Scottish Leaving Certificate Examination, 1953
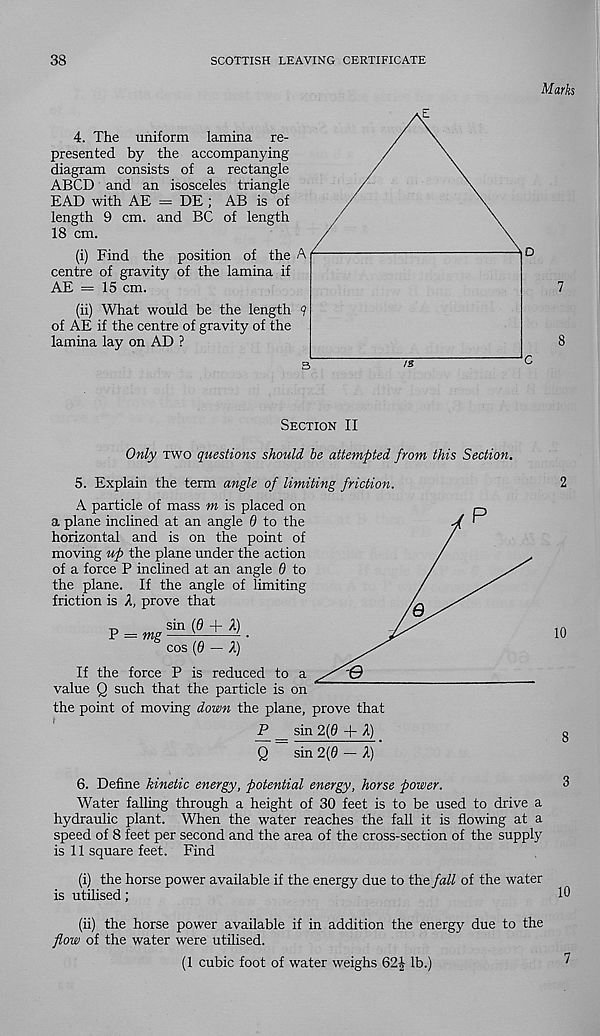
38
SCOTTISH LEAVING CERTIFICATE
Marks
4. The uniform lamina re-
presented by the accompanying
diagram consists of a rectangle
ABCD and an isosceles triangle
EAD with AE = DE ; AB is of
length 9 cm. and BC of length
18 cm.
(i) Find the position of the
centre of gravity of the lamina if
AE = 15 cm.
(ii) What would be the length
of AE if the centre of gravity of the
lamina lay on AD ?
Section II
Only two questions should he attempted from this Section.
5. Explain the term angle of limiting friction.
A particle of mass m is placed on
a plane inclined at an angle d to the
horizontal and is on the point of
moving up the plane under the action
of a force P inclined at an angle 0 to
the plane. If the angle of limiting
friction is A, prove that
: mg
sin (0 + A)
cos (0 — A)
If the force P is reduced to a
value Q such that the particle is on
the point of moving down the plane, prove that
P _ sin 2(0 + A)
Q
sin 2(0 — A)
10
6. Define kinetic energy, potential energy, horse power.
Water falling through a height of 30 feet is to be used to drive a
hydraulic plant. When the water reaches the fall it is flowing at a
speed of 8 feet per second and the area of the cross-section of the supply
is 11 square feet. Find
(i) the horse power available if the energy due to the fall of the water
is utihsed;
10
(ii) the horse power available if in addition the energy due to the
flow of the water were utilised.
(1 cubic foot of water weighs 62|- lb.)
7